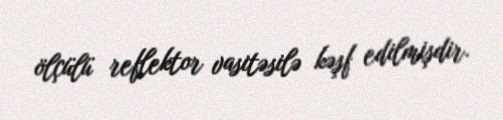
ölçülü reflektor vasitəsilə kəşf edilmişdir.